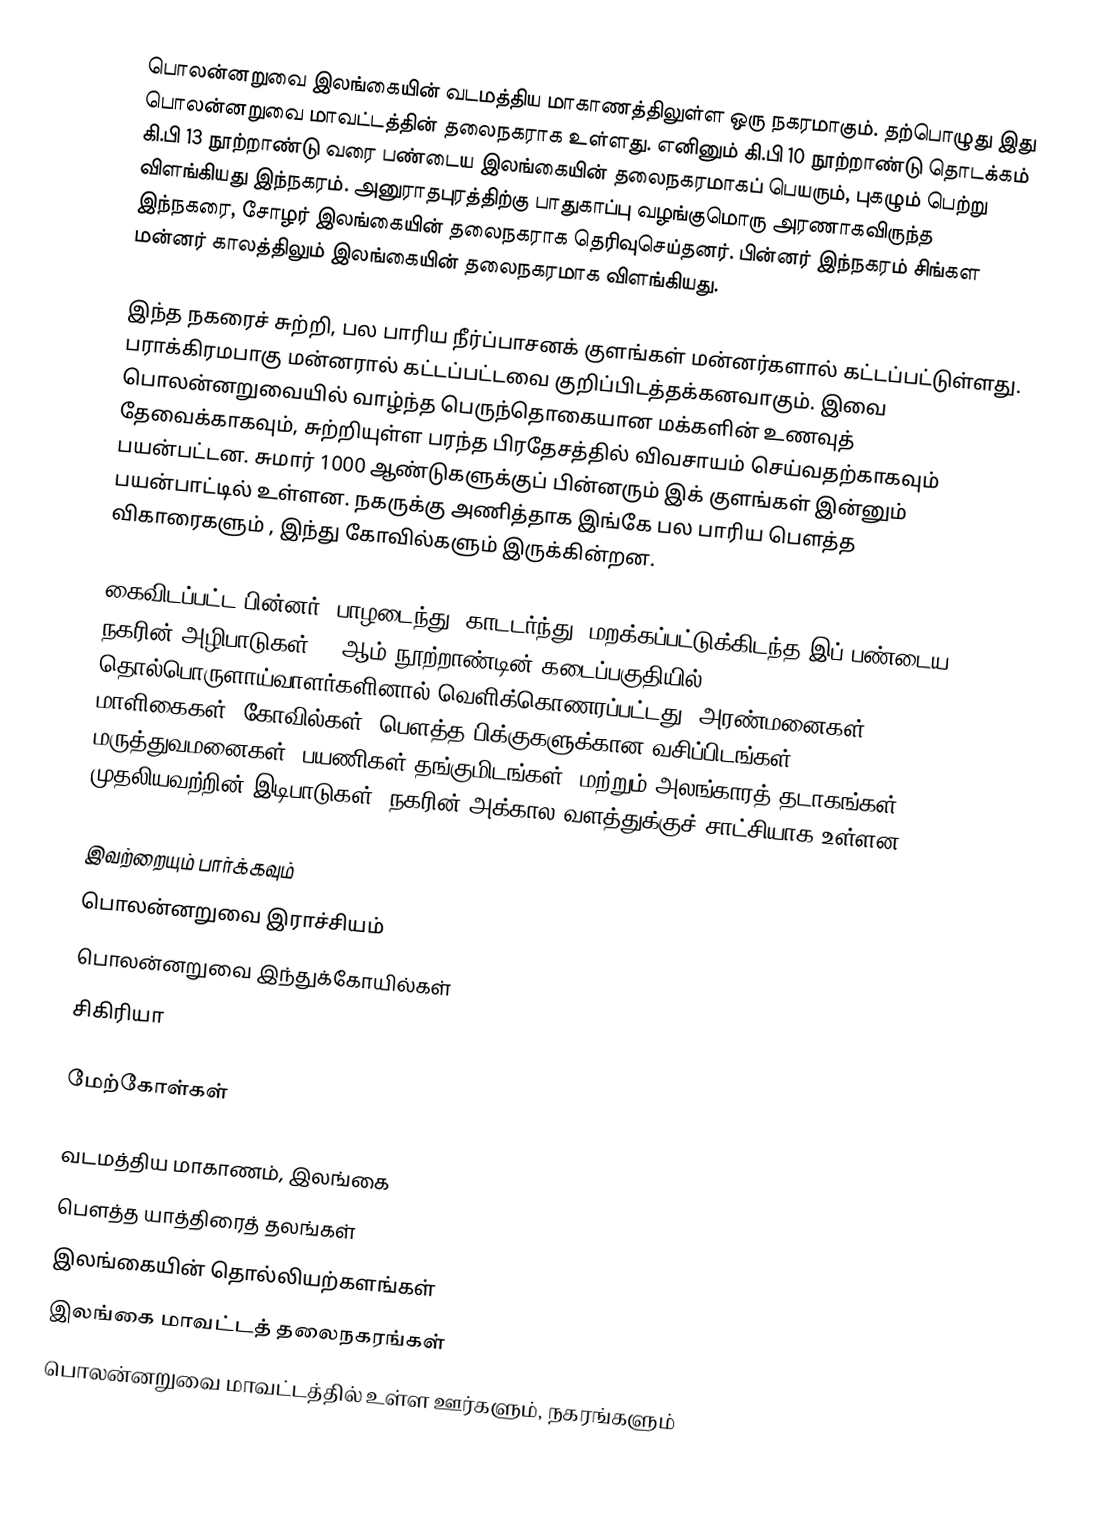
பொலன்னறுவை இலங்கையின் வடமத்திய மாகாணத்திலுள்ள ஒரு நகரமாகும். தற்பொழுது இது பொலன்னறுவை மாவட்டத்தின் தலைநகராக உள்ளது. எனினும் கி.பி 10 நூற்றாண்டு தொடக்கம் கி.பி 13 நூற்றாண்டு வரை பண்டைய இலங்கையின் தலைநகரமாகப் பெயரும், புகழும் பெற்று விளங்கியது இந்நகரம். அனுராதபுரத்திற்கு பாதுகாப்பு வழங்குமொரு அரணாகவிருந்த இந்நகரை, சோழர் இலங்கையின் தலைநகராக தெரிவுசெய்தனர். பின்னர் இந்நகரம் சிங்கள மன்னர் காலத்திலும் இலங்கையின் தலைநகரமாக விளங்கியது.

இந்த நகரைச் சுற்றி, பல பாரிய நீர்ப்பாசனக் குளங்கள் மன்னர்களால் கட்டப்பட்டுள்ளது. பராக்கிரமபாகு மன்னரால் கட்டப்பட்டவை குறிப்பிடத்தக்கனவாகும். இவை பொலன்னறுவையில் வாழ்ந்த பெருந்தொகையான மக்களின் உணவுத் தேவைக்காகவும், சுற்றியுள்ள பரந்த பிரதேசத்தில் விவசாயம் செய்வதற்காகவும் பயன்பட்டன. சுமார் 1000 ஆண்டுகளுக்குப் பின்னரும் இக் குளங்கள் இன்னும் பயன்பாட்டில் உள்ளன. நகருக்கு அணித்தாக இங்கே பல பாரிய பௌத்த விகாரைகளும் , இந்து கோவில்களும் இருக்கின்றன.

கைவிடப்பட்ட பின்னர், பாழடைந்து, காடடர்ந்து, மறக்கப்பட்டுக்கிடந்த இப் பண்டைய நகரின் அழிபாடுகள், 19ஆம் நூற்றாண்டின் கடைப்பகுதியில், தொல்பொருளாய்வாளர்களினால் வெளிக்கொணரப்பட்டது. அரண்மனைகள், மாளிகைகள், கோவில்கள், பௌத்த பிக்குகளுக்கான வசிப்பிடங்கள், மருத்துவமனைகள், பயணிகள் தங்குமிடங்கள், மற்றும் அலங்காரத் தடாகங்கள் முதலியவற்றின் இடிபாடுகள், நகரின் அக்கால வளத்துக்குச் சாட்சியாக உள்ளன.

இவற்றையும் பார்க்கவும்
 பொலன்னறுவை இராச்சியம்
 பொலன்னறுவை இந்துக்கோயில்கள்
 சிகிரியா

மேற்கோள்கள்

வடமத்திய மாகாணம், இலங்கை
பௌத்த யாத்திரைத் தலங்கள்
இலங்கையின் தொல்லியற்களங்கள்
இலங்கை மாவட்டத் தலைநகரங்கள்
பொலன்னறுவை மாவட்டத்தில் உள்ள ஊர்களும், நகரங்களும்